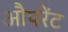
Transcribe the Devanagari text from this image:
औपरेंट